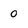
Character: 0